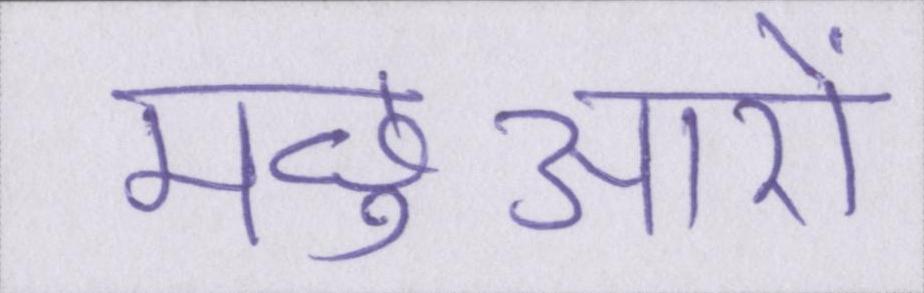
मछुआरों